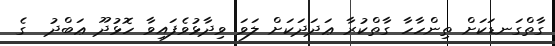
ގާތްގަނޑަކަށް ތިންހާހާ ގާތްކުރާ ޢަދަދަކަށް ލަވަ ވިދާޅުވެފައިވާ ހޮޅުދޫ ޢަބްދު  ގެ